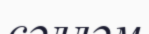
сәлләм